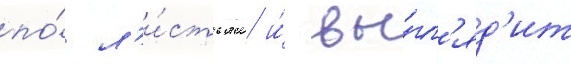
по́ л'и́стьям и́ вы́гл'яд'ит